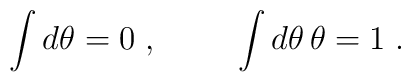
\int d\theta=0\;, \hspace{1cm} \int d\theta\, \theta=1\;.